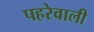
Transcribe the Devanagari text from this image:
पहरेवाली